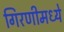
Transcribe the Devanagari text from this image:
गिरणीमध्ये